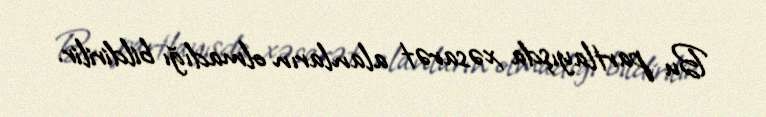
Bu partlayışda xəsarət alanların olmadığı bildirilir.